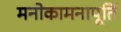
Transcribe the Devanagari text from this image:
मनोकामनापूर्ति